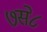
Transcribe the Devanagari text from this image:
७से८